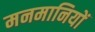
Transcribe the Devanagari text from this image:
मनमानियों